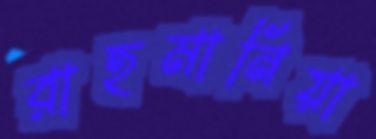
রাহমানিয়া